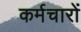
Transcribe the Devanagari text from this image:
कर्मचारों